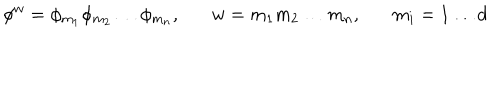
\phi ^ { w } = \phi _ { m _ { 1 } } \phi _ { m _ { 2 } } \ldots \phi _ { m _ { n } } , w = m _ { 1 } m _ { 2 } \ldots m _ { n } , m _ { i } = 1 \ldots d